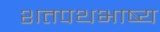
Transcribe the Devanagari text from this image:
शतपथभाष्य